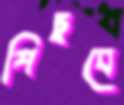
পিছবে